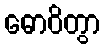
ဓောဝိတွာ